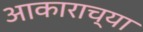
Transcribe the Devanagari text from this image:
अाकाराच्या